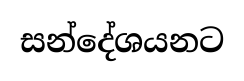
සන්දේශයනට